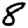
Digit: 8